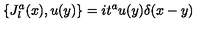
\{ J _ { l } ^ { a } ( x ) , u ( y ) \} = i t ^ { a } u ( y ) \delta ( x - y )